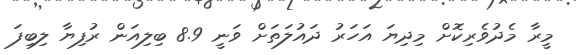
މީރާ މެދުވެރިކޮށް މިދިޔަ އަހަރު ދައުލަތަށް ވަނީ 8.9 ބިލިއަން ރުފިޔާ ލިބިފަ